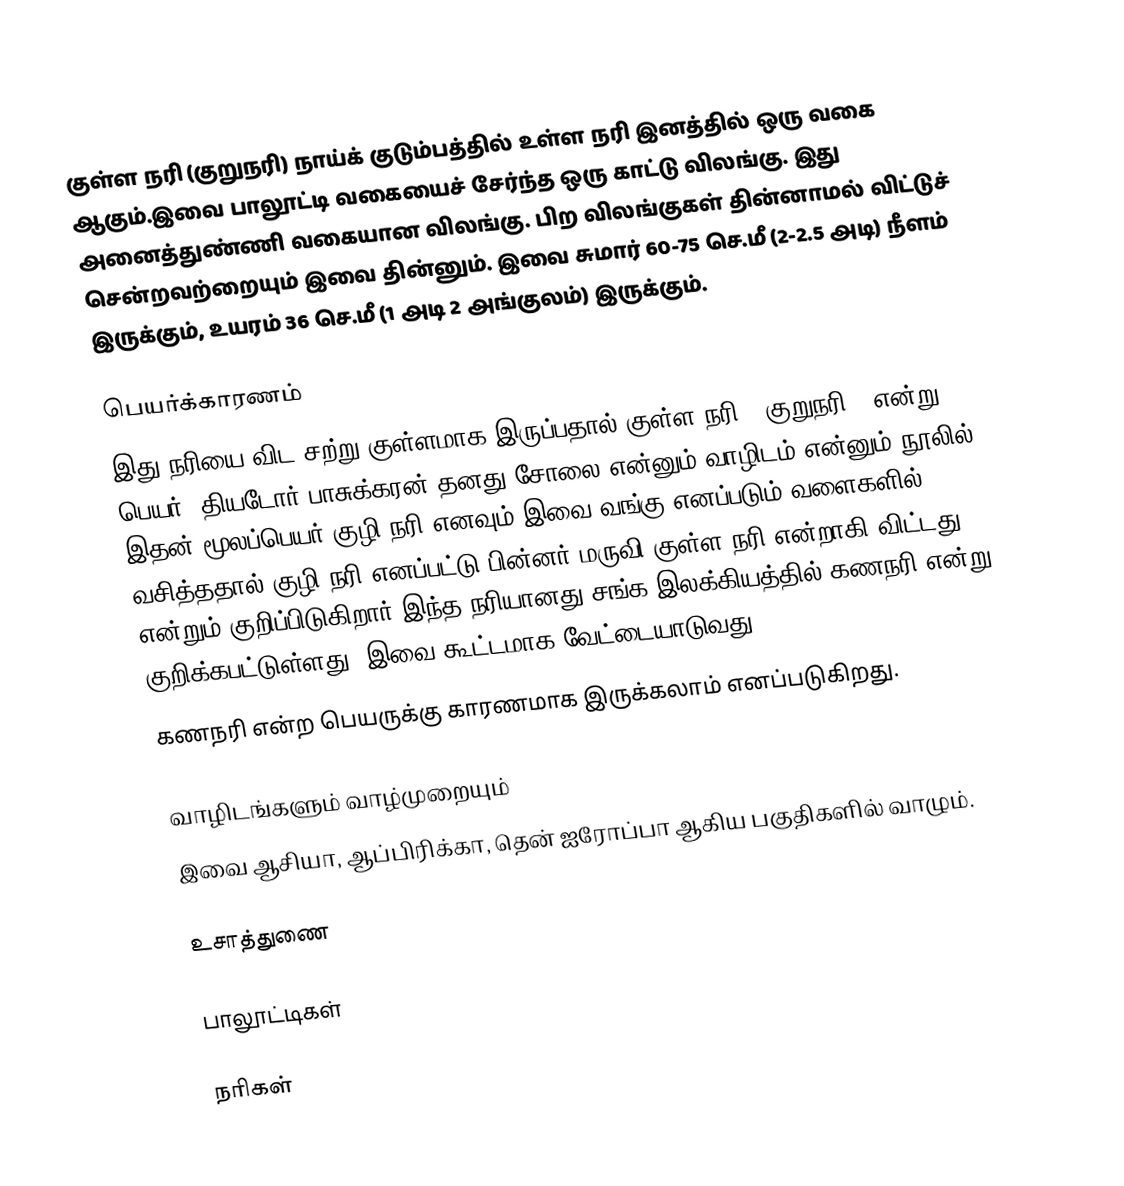
குள்ள நரி (குறுநரி) நாய்க் குடும்பத்தில் உள்ள நரி இனத்தில் ஒரு வகை ஆகும்.இவை பாலூட்டி வகையைச் சேர்ந்த ஒரு காட்டு விலங்கு. இது அனைத்துண்ணி வகையான விலங்கு. பிற விலங்குகள் தின்னாமல் விட்டுச் சென்றவற்றையும் இவை தின்னும். இவை சுமார் 60-75 செ.மீ (2-2.5 அடி) நீளம் இருக்கும், உயரம் 36 செ.மீ (1 அடி 2 அங்குலம்) இருக்கும்.

பெயர்க்காரணம்
இது நரியை விட சற்று குள்ளமாக இருப்பதால் குள்ள நரி ( குறுநரி ) என்று பெயர். தியடோர் பாசுக்கரன் தனது சோலை என்னும் வாழிடம் என்னும் நூலில் இதன் மூலப்பெயர் குழி நரி எனவும் இவை வங்கு எனப்படும் வளைகளில் வசித்ததால் குழி நரி எனப்பட்டு பின்னர் மருவி குள்ள நரி என்றாகி விட்டது என்றும் குறிப்பிடுகிறார் இந்த நரியானது சங்க இலக்கியத்தில் கணநரி என்று குறிக்கபட்டுள்ளது. இவை கூட்டமாக வேட்டையாடுவது
கணநரி என்ற பெயருக்கு காரணமாக இருக்கலாம் எனப்படுகிறது.

வாழிடங்களும் வாழ்முறையும்
இவை ஆசியா, ஆப்பிரிக்கா, தென் ஐரோப்பா ஆகிய பகுதிகளில் வாழும்.

உசாத்துணை

பாலூட்டிகள்

நரிகள்